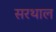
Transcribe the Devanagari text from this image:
सरथाल